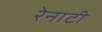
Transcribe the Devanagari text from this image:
रेनाटी